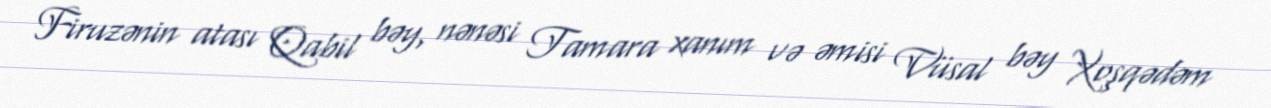
Firuzənin atası Qabil bəy, nənəsi Tamara xanım və əmisi Vüsal bəy Xoşqədəm